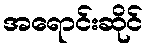
အရောင်းဆိုင်